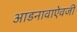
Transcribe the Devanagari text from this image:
आडनावाऐवजी